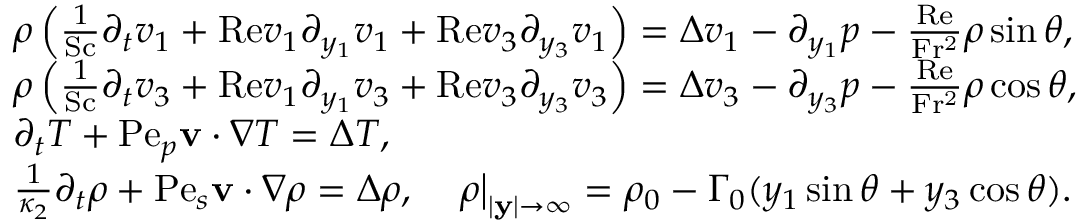
\begin{array} { r l } & { \rho \left( \frac { 1 } { \mathrm { S c } } \partial _ { t } v _ { 1 } + \mathrm { R e } v _ { 1 } \partial _ { y _ { 1 } } v _ { 1 } + \mathrm { R e } v _ { 3 } \partial _ { y _ { 3 } } v _ { 1 } \right) = \Delta v _ { 1 } - \partial _ { y _ { 1 } } p - \frac { \mathrm { R e } } { \mathrm { F r ^ { 2 } } } \rho \sin \theta , } \\ & { \rho \left( \frac { 1 } { \mathrm { S c } } \partial _ { t } v _ { 3 } + \mathrm { R e } v _ { 1 } \partial _ { y _ { 1 } } v _ { 3 } + \mathrm { R e } v _ { 3 } \partial _ { y _ { 3 } } v _ { 3 } \right) = \Delta v _ { 3 } - \partial _ { y _ { 3 } } p - \frac { \mathrm { R e } } { \mathrm { F r ^ { 2 } } } \rho \cos \theta , } \\ & { \partial _ { t } T + \mathrm { P e } _ { p } \mathbf { v } \cdot \nabla T = \Delta T , } \\ & { \frac { 1 } { \kappa _ { 2 } } \partial _ { t } \rho + \mathrm { P e } _ { s } \mathbf { v } \cdot \nabla \rho = \Delta \rho , \quad \left. \rho \right| _ { | \mathbf { y } | \rightarrow \infty } = \rho _ { 0 } - \Gamma _ { 0 } ( y _ { 1 } \sin \theta + y _ { 3 } \cos \theta ) . } \end{array}